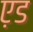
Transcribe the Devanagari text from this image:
ए़ड